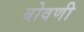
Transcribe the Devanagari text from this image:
बोवणी